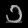
Digit: ၁